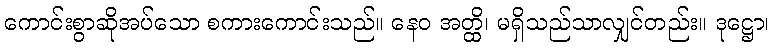
ကောင်းစွာဆိုအပ်သော စကားကောင်းသည်။ နေဝ အတ္ထိ၊ မရှိသည်သာလျှင်တည်း။ ဒုဋ္ဌော၊